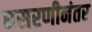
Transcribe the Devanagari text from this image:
घसरणीनंतर